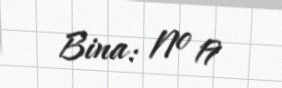
Bina: № 19